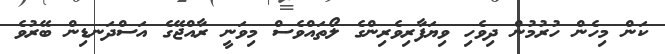
ކަން މިހެން ހުރުމުން ދިވެހި ވިޔަފާރިވެރިންގެ ލޯތައްވެސް މިވަނީ ރާއްޖޭގެ އަސްދަނޑިން ބޭރުވެ